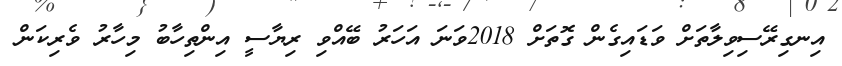
އިނގިރޭސިވިލާތަށް ވަޑައިގެން ގޮތަށް 2018ވަނަ އަހަރު ބޭއްވި ރިޔާސީ އިންތިހާބު މިހާރު ވެރިކަން